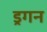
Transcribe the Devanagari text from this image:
ड्रगन